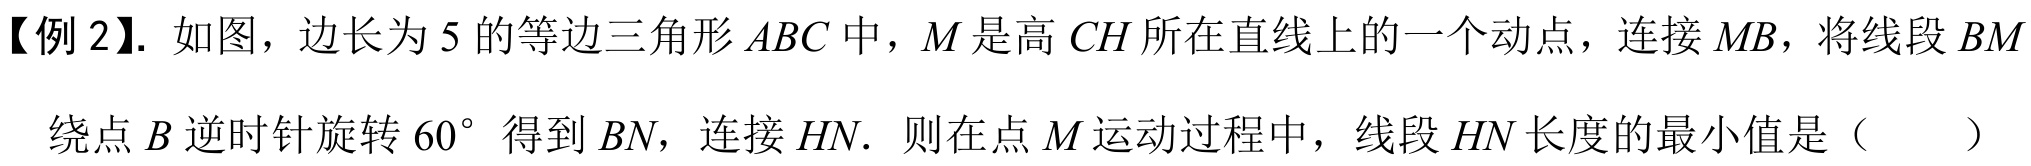
【例 2】. 如图，边长为\(5\)的等边三角形\(ABC\)中，\(M\)是高\(CH\)所在直线上的一个动点，连接\(MB\)，将线段\(BM\)绕点\(B\)逆时针旋转\(60^{\circ}\)得到\(BN\)，连接\(HN\). 则在点\(M\)运动过程中，线段\(HN\)长度的最小值是（  ）